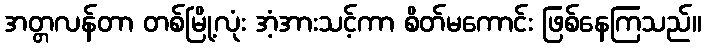
အတ္တလန်တာ တစ်မြို့လုံး အံ့အားသင့်ကာ စိတ်မကောင်း ဖြစ်နေကြသည်။